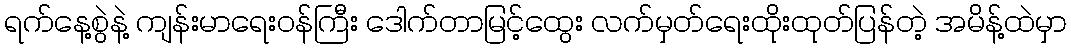
ရက်နေ့စွဲနဲ့ ကျန်းမာရေးဝန်ကြီး ဒေါက်တာမြင့်ထွေး လက်မှတ်ရေးထိုးထုတ်ပြန်တဲ့ အမိန့်ထဲမှာ